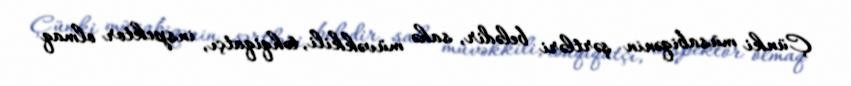
Çünki müsabiqənin şərtləri belədir, sahə müvəkkili, təhqiqatçı, inspektor olmaq